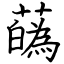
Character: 蘤